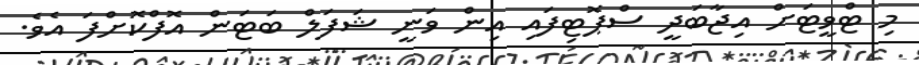
މި ޓްވީޓަށް އިޖާބަދީ ސްޕޮޓިފައި އިން ވަނީ ޝަފަލް ބަޓަން އޮފްކޮށްފަ އެވެ.